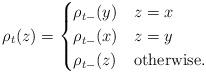
LaTeX: \begin{align*}\rho_{t}(z)=\begin{cases}\rho_{t-}(y) & z=x\\\rho_{t-}(x) & z=y\\\rho_{t-}(z) & \mbox{otherwise.}\end{cases}\end{align*}